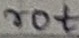
Text: rot